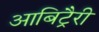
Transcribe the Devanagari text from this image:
आबिट्रैरी